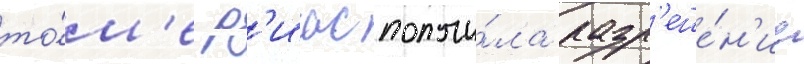
то́м'е р'иас получи́ла разр'еше́н'ие